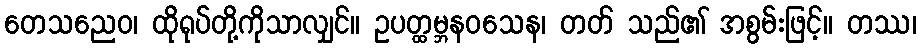
တေသညေဝ၊ ထိုရုပ်တို့ကိုသာလျှင်။ ဥပတ္ထမ္ဘနဝသေန၊ တတ် သည်၏ အစွမ်းဖြင့်။ တဿ၊